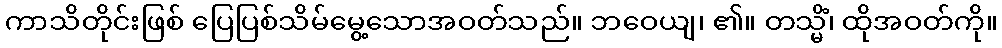
ကာသိတိုင်းဖြစ် ပြေပြစ်သိမ်မွေ့သောအဝတ်သည်။ ဘဝေယျ၊ ၏။ တသ္မိံ၊ ထိုအဝတ်ကို။